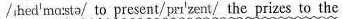
/ˌhedˈmɑːstə(r)/ to present/ˈprez(ə)nt/ the prizes to the